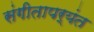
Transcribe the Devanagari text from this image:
संगीतापर्यंत